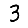
Digit: 3